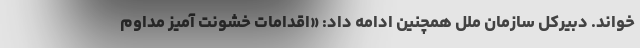
خواند. دبیرکل سازمان ملل همچنین ادامه داد: «اقدامات خشونت آمیز مداوم